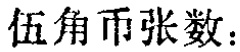
伍角币张数：